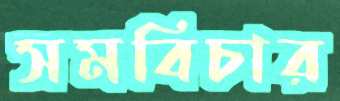
সমবিচার